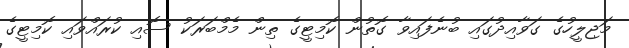
މަޖިލީހުގެ ގަވާއިދުގައި ބުނެފައިވާ ގޮތުން ކޮމިޓީގެ ތިން މެމްބަރަކު ސޮއި ކުރައްވައި ކޮމިޓީގެ